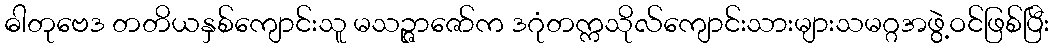
ဓါတုဗေဒ တတိယနှစ်ကျောင်းသူ မသဉ္ဇာဇော်က ဒဂုံတက္ကသိုလ်ကျောင်းသားများသမဂ္ဂအဖွဲ့ဝင်ဖြစ်ပြီး